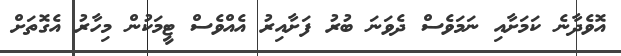
އޮވެދާނެ ކަމަށާއި ނަމަވެސް ދެވަނަ ބުރު ފަށާއިރު އެއްވެސް ޓީމަކުން މިހާރު އެގޮތަށް